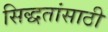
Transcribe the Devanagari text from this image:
सिद्धतांसाठी